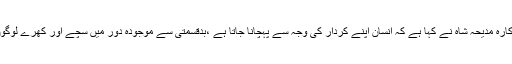
08 نومبر2019ء) نامور اداکارہ مدیحہ شاہ نے کہا ہے کہ انسان اپنے کردار کی وجہ سے پہچانا جاتا ہے ،بدقسمتی سے موجودہ دور میں سچے اور کھرے لوگوں کی کمی ہوتی جا رہی ہے ۔